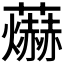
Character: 𮓊